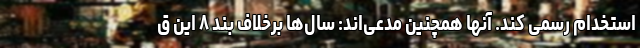
استخدام رسمی کند. آنها همچنین مدعی‌اند: سال‌ها برخلاف بند ۸ این ق